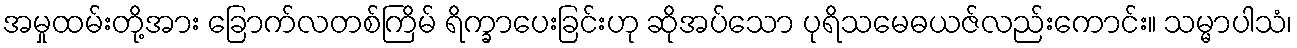
အမှုထမ်းတို့အား ခြောက်လတစ်ကြိမ် ရိက္ခာပေးခြင်းဟု ဆိုအပ်သော ပုရိသမေဓယဇ်လည်းကောင်း။ သမ္မာပါသံ၊